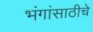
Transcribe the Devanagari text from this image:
भंगांसाठीचे